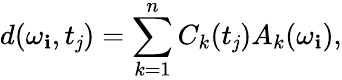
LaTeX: d(\omega_{\mathbf{i}},t_{\mathit{j}})=\sum_{k=1}^{n}C_{k}(t_{\mathit{j}})A_{k}(\omega_{\mathbf{i}}),